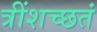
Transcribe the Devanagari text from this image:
त्रींशच्छतं